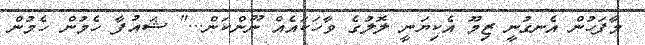
މާފަހުން އެނގުނީ ޒިމޫ އެކިޔަނީ ލޮލުގެ ވާހަކައެއް ނޫންކަން..." ޝައުފާ ހެމުން ހެމުން